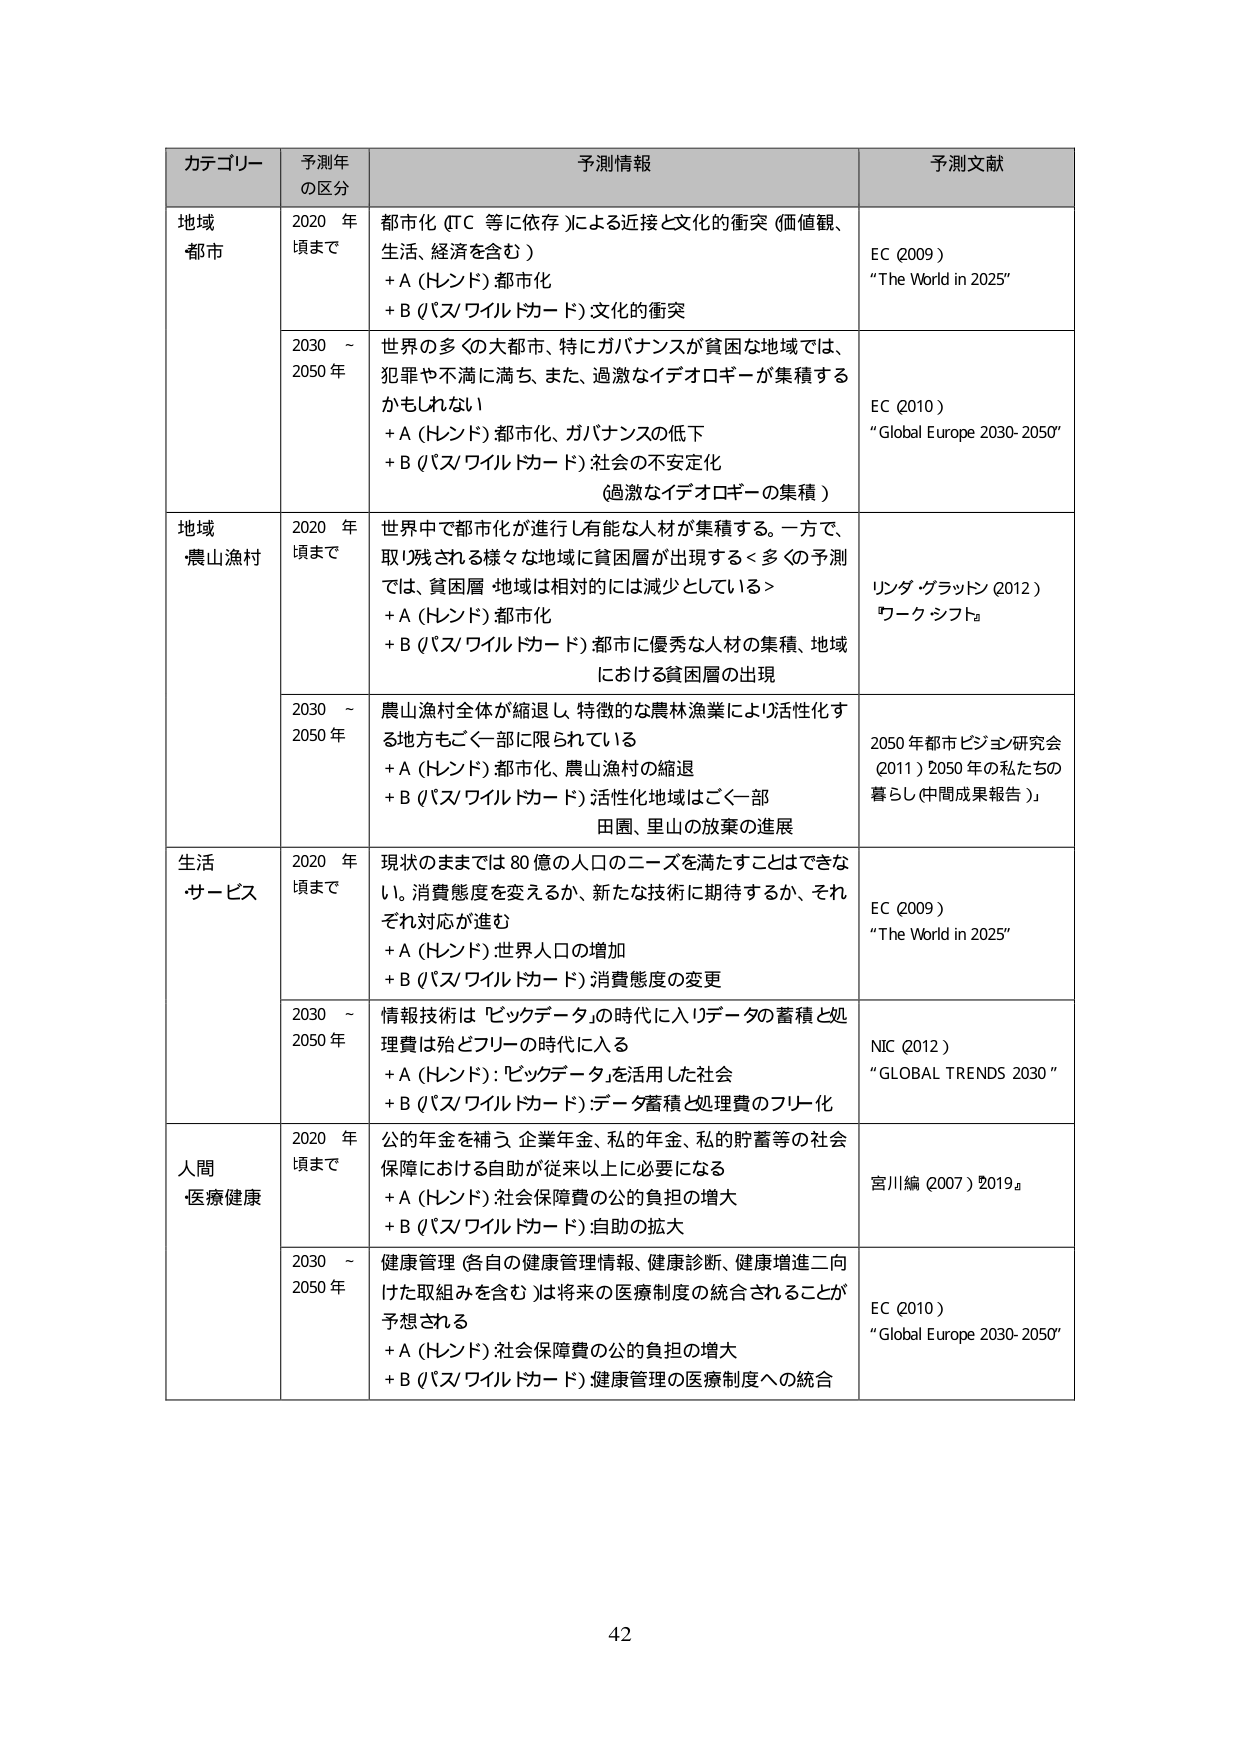
カテゴリー 予測年の区分 予測情報 予測文献
地域・都市 2020年頃まで 都市化（ITC等に依存）による近接と文化的衝突（価値観、生活、経済を含む） +A（トレンド）都市化 +B（パズル/ワイルドカード）文化的衝突 EC（2009） “The World in 2025”
2030～2050年 世界の多くの大都市、特にガバナンスが貧困な地域では、犯罪や不満に満ち、また、過激なイデオロギーが集積するかもしれない +A（トレンド）都市化、ガバナンスの低下 +B（パズル/ワイルドカード）社会の不安定化（過激なイデオロギーの集積） EC（2010） “Global Europe 2030-2050”
地域・農山漁村 2020年頃まで 世界中で都市化が進行し有能な人材が集積する。一方で、取り残される様々な地域に貧困層が出現する＜多くの予測では、貧困層地域は相対的には減少としている＞ +A（トレンド）都市化 +B（パズル/ワイルドカード）都市に優秀な人材の集積、地域における貧困層の出現 リンダ・グラットン（2012） ワークシフト
2030～2050年 農山漁村全体が縮退し、特徴的な農林漁業により活性化する地方もごく一部に限られている +A（トレンド）都市化、農山漁村の縮退 +B（パズル/ワイルドカード）活性化地域はごく一部 田園、里山の放棄の進展 2050年都市ビジョン研究会（2011）2050年の私たちの暮らし（中間成果報告）
生活・サービス 2020年頃まで 現状のままでは80億の人口のニーズを満たすことはできない。消費態度を変えるか、新たな技術に期待するか、それぞれ対応が進む +A（トレンド）世界人口の増加 +B（パズル/ワイルドカード）消費態度の変更 EC（2009） “The World in 2025”
2030～2050年 情報技術は「ビッグデータ」の時代に入りデータの蓄積と処理費は殆どフリーの時代に入る +A（トレンド）：「ビッグデータ」を活用した社会 +B（パズル/ワイルドカード）：データ蓄積と処理費のフリー化 NIC（2012） “GLOBAL TRENDS 2030”
人間・医療健康 2020年頃まで 公的年金を補う、企業年金、私的年金、私的貯蓄等の社会保障における自助が従来以上に必要になる +A（トレンド）社会保障費の公的負担の増大 +B（パズル/ワイルドカード）自助の拡大 宮川編（2007）2019
2030～2050年 健康管理（各自の健康管理情報、健康診断、健康増進二向けた取組みを含む）は将来の医療制度の統合されることが予想される +A（トレンド）社会保障費の公的負担の増大 +B（パズル/ワイルドカード）健康管理の医療制度への統合 EC（2010） “Global Europe 2030-2050”
42